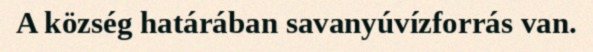
A község határában savanyúvízforrás van.